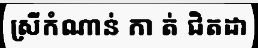
ស្រីកំណាន់ កា ត់ ជិតដា